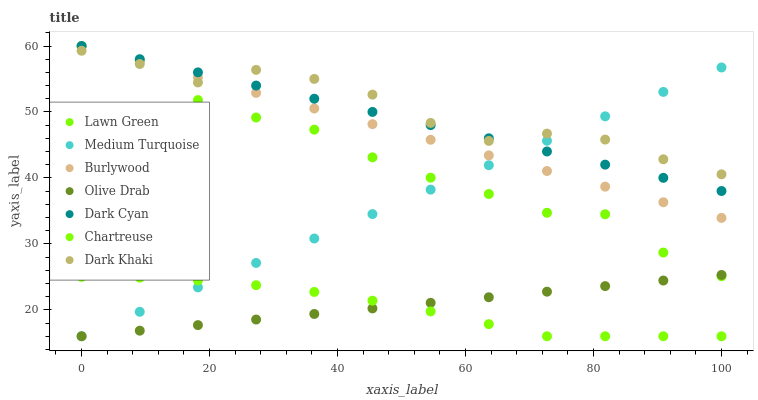
| xaxis_label | Lawn Green | Medium Turquoise | Burlywood | Olive Drab | Dark Cyan | Chartreuse | Dark Khaki |
 | --- | --- | --- | --- | --- | --- | --- | --- |
 | 0 | 60 | 16 | 60 | 16 | 60 | 25 | 59.3 |
 | 9.09 | 57.9 | 19.7 | 57.6 | 16.8 | 58 | 24.9 | 57.3 |
 | 18.2 | 51.8 | 23.4 | 55.3 | 17.7 | 56 | 24.5 | 54.5 |
 | 27.3 | 49.2 | 27.1 | 52.9 | 18.5 | 54 | 23.7 | 56.4 |
 | 36.4 | 47.3 | 30.8 | 50.5 | 19.4 | 52 | 22.7 | 55 |
 | 45.5 | 43.1 | 34.5 | 48.2 | 20.2 | 50 | 21.4 | 52.6 |
 | 54.5 | 40 | 38.2 | 45.8 | 21.1 | 48 | 19.8 | 48.3 |
 | 63.6 | 37.6 | 41.9 | 43.4 | 21.9 | 46 | 17.8 | 45.6 |
 | 72.7 | 34.7 | 45.6 | 41 | 22.8 | 44 | 16 | 46.7 |
 | 81.8 | 34.5 | 49.3 | 38.7 | 23.6 | 42 | 16 | 45.8 |
 | 90.9 | 28.7 | 53 | 36.3 | 24.4 | 40 | 16 | 42.8 |
 | 100 | 25.1 | 56.7 | 33.9 | 25.3 | 38 | 16 | 40.5 |